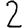
Digit: 2